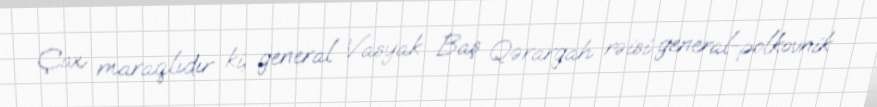
Çox maraqlıdır ki, general Vasyak Baş Qərargah rəisi general-polkovnik